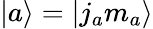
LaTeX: |a\rangle=|j_{a}m_{a}\rangle